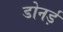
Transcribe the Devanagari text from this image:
डोनर्ड़